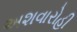
અશવારોહી